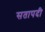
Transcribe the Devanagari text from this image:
सतापदी